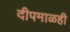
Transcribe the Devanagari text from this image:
दीपमाळही